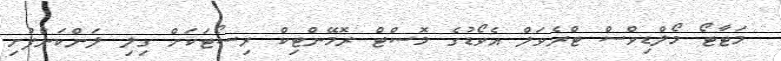
މަޓާޓޯ މޯލްޑިވްސް ޓްރެވަލް އެވޯޑުގެ މޮސްޓް ރޮމޭންޓިކް ރިސޯޓަކަށް ގިލި ލަންކަންފުށި